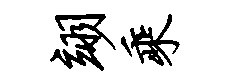
翊乘